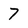
Character: 7